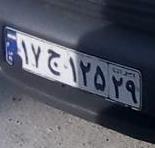
۱۷ج۱۲۵۲۹